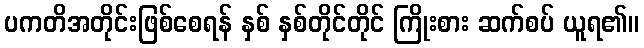
ပကတိအတိုင်းဖြစ်စေရန် နှစ် နှစ်တိုင်တိုင် ကြိုးစား ဆက်စပ် ယူရ၏။